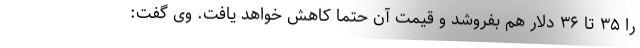
را ۳۵ تا ۳۶ دلار هم بفروشد و قیمت آن حتماً کاهش خواهد یافت. وی گفت: